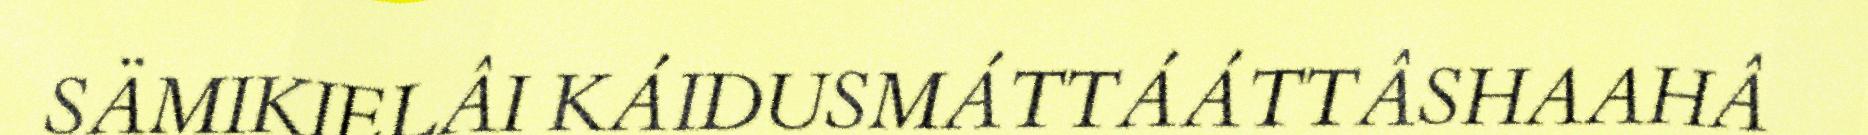
SÄMIKIELÂI KÁIDUSMÁTTÁÁTTÂSHAAHÂ